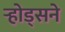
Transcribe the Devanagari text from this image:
र्‍होड्सने